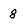
Character: 8